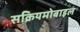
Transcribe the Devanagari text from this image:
सक्रियमोबाइल